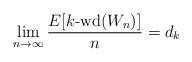
LaTeX: \begin{align*} \lim_{n\rightarrow \infty} \frac{E[k\mbox{-wd}(W_n)]}{n}=d_{k}\end{align*}